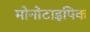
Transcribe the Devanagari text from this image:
मोनोटाइपिक